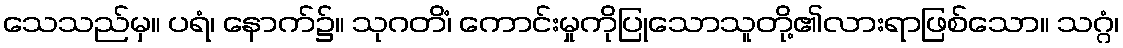
သေသည်မှ။ ပရံ၊ နောက်၌။ သုဂတိံ၊ ကောင်းမှုကိုပြုသောသူတို့၏လားရာဖြစ်သော။ သဂ္ဂံ၊